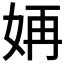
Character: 𫰝